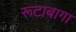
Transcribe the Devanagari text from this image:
रूटाबागा